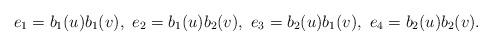
LaTeX: \begin{align*}e_1 = b_1(u)b_1(v), \ e_2 = b_1(u)b_2(v), \ e_3 = b_2(u)b_1(v), \ e_4 = b_2(u)b_2(v) .\end{align*}